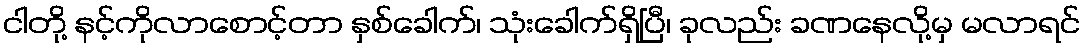
ငါတို့ နင့်ကိုလာစောင့်တာ နှစ်ခေါက်၊ သုံးခေါက်ရှိပြီ၊ ခုလည်း ခဏနေလို့မှ မလာရင်